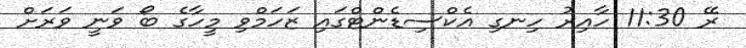
ރޭ 11:30 ހާއިރު ހިނގި އެކްސިޑެންޓްގައި ޒަހަމްވި މީހާގެ ބޯ ވަނީ ވަރަށް